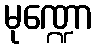
မုဏ္ဍော